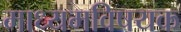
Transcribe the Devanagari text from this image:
माध्यमविषयक